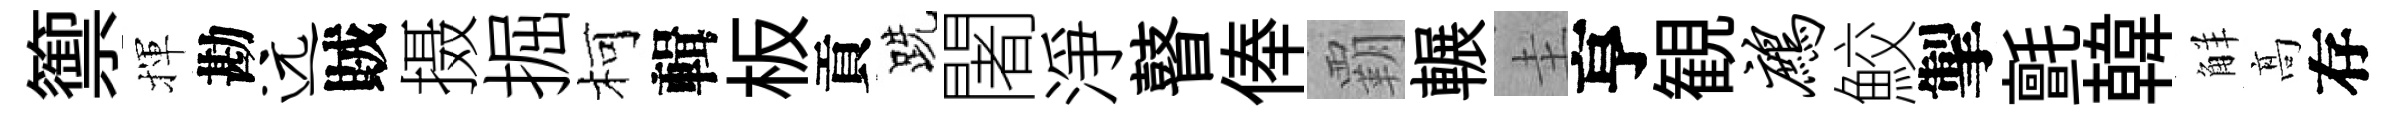
籞揮勘远賊摄掘柯輯板貢跣闍淨瞽俸覇輾圭亨観鹧鮫掣氈韓觧髙存